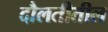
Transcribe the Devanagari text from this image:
दौलतीतील